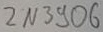
Text: 2N3906